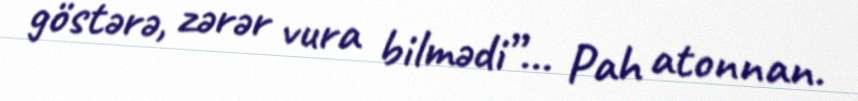
göstərə, zərər vura bilmədi”... Pah atonnan.